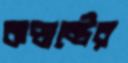
কন্ডাক্টের